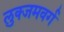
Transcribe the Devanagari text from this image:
लुक्जमवर्ग